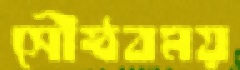
সৌষ্ঠবময়